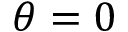
\theta = 0